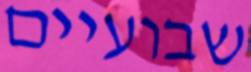
שבועיים